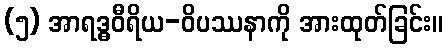
(၅) အာရဒ္ဓဝီရိယ-ဝိပဿနာကို အားထုတ်ခြင်း။